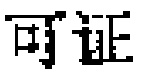
可证